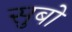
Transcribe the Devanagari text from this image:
सुबो